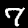
Label: 7